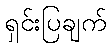
ရှင်းပြချက်